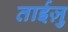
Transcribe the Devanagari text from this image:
ताईज़ु